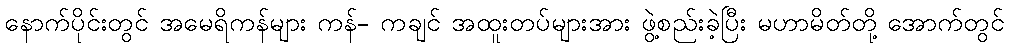
နောက်ပိုင်းတွင် အမေရိကန်များ ကန်- ကချင် အထူးတပ်များအား ဖွဲ့စည်းခဲ့ပြီး မဟာမိတ်တို့ အောက်တွင်